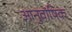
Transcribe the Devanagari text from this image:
आनुवांषिक